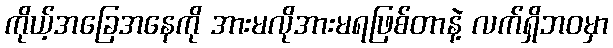
ကိုယ့်အခြေအနေကို အားမလိုအားမရဖြစ်တာနဲ့ လက်ရှိဘဝမှာ